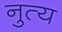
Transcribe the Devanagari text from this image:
नुत्य